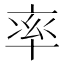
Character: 率